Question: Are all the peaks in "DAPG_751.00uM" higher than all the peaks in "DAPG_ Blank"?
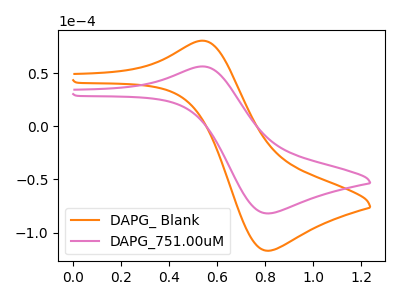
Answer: <think>The orange curve "DAPG_ Blank" has an anodic peak at (0.55V, 80.85uA) and a cathodic peak at (0.80V, -117.20uA). The pink curve "DAPG_751.00uM" has an anodic peak at (0.55V, 56.60uA) and a cathodic peak at (0.80V, -82.00uA).</think>
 <answer>Every peak in "DAPG_751.00uM" is lower than every peak in "DAPG_ Blank".</answer>
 <eval>lower</eval>